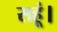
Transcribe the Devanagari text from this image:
सहूं।